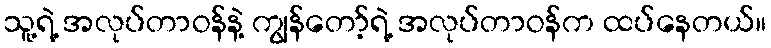
သူ့ရဲ့ အလုပ်တာဝန်နဲ့ ကျွန်တော့်ရဲ့ အလုပ်တာဝန်က ထပ်နေတယ်။